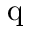
\mathrm { q }